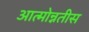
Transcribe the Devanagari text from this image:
आत्मोन्नतीस